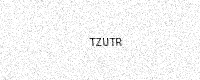
Text: TZUTR